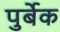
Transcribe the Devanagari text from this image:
पुर्बेक